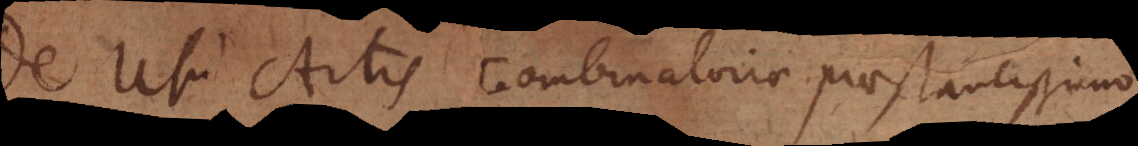
De Usu Artis Combinatoriae praestantissimo